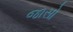
જાસો